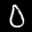
Label: 0